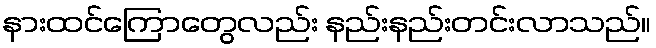
နားထင်ကြောတွေလည်း နည်းနည်းတင်းလာသည်။